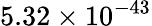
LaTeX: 5.32\times 10^{-43}